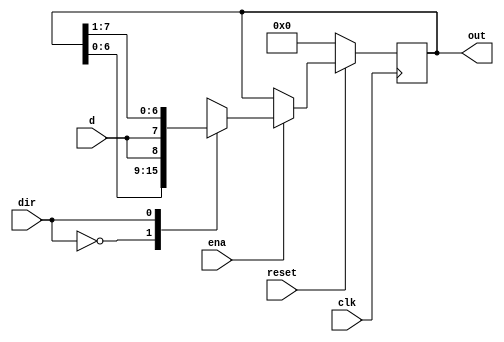
// Shift register 
//
// A Shift register is a cascade of flip-flops where the output pin q
// of one flop is connected to the data input pin (d) of the next.
// Because all flops work on the same clock, the bit array stored in the shift 
// register will shift by one position.
//
// MSB signifies the width of the shift register. If n is 4 then it becomes
// a 4-bit shift register.
//
module shift_reg #(parameter MSB=8) (
    input clk,
    input d,                    // Input data.
    input reset,                // Active-high reset to zero.
    input dir,                  // Left or Right shift.
    input ena,                  // Enable the shift register to be switch on/off.
    output reg [MSB-1:0] out); 
    
    always @ (posedge clk) begin
        if (!reset) out <= 0;
        else begin 
            if (ena) 
                case (dir)
                    0 : out <= {out[MSB-1:0], d};
                    1 : out <= {d, out[MSB-1:1]}; 
                endcase
            else out <= out;
        end
    end
endmodule

// 
module full_adder ( 
    input a, 
    input b, 
    input cin, 
    output sum, 
    output cout );
    
    assign sum = (a ^ b) ^ cin;
    assign cout = (a & b) | (cin & (a ^ b));

endmodule

// D Flip Flop module with a/synchronous reset enabled.
module D_FF_reset(
    input clk,
    input data,
    input reset_n, // asynchronously
    input clear_n, // synchronously
    output q );

    reg q_req, q_next;

    always @ (negedge clk, negedge reset_n) begin
        if (!reset_n) 
            q_req <= 1'b0;
        else
            q_req <= q_next;
    end

    always @ (data, clear_n) begin 
        q_next = q_req;
        if (!clear_n)
            q_next = 1'b0;
        else
            q_next = data;
    end

    assign q = q_req;
endmodule